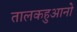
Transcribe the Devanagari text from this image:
तालकहुआनो